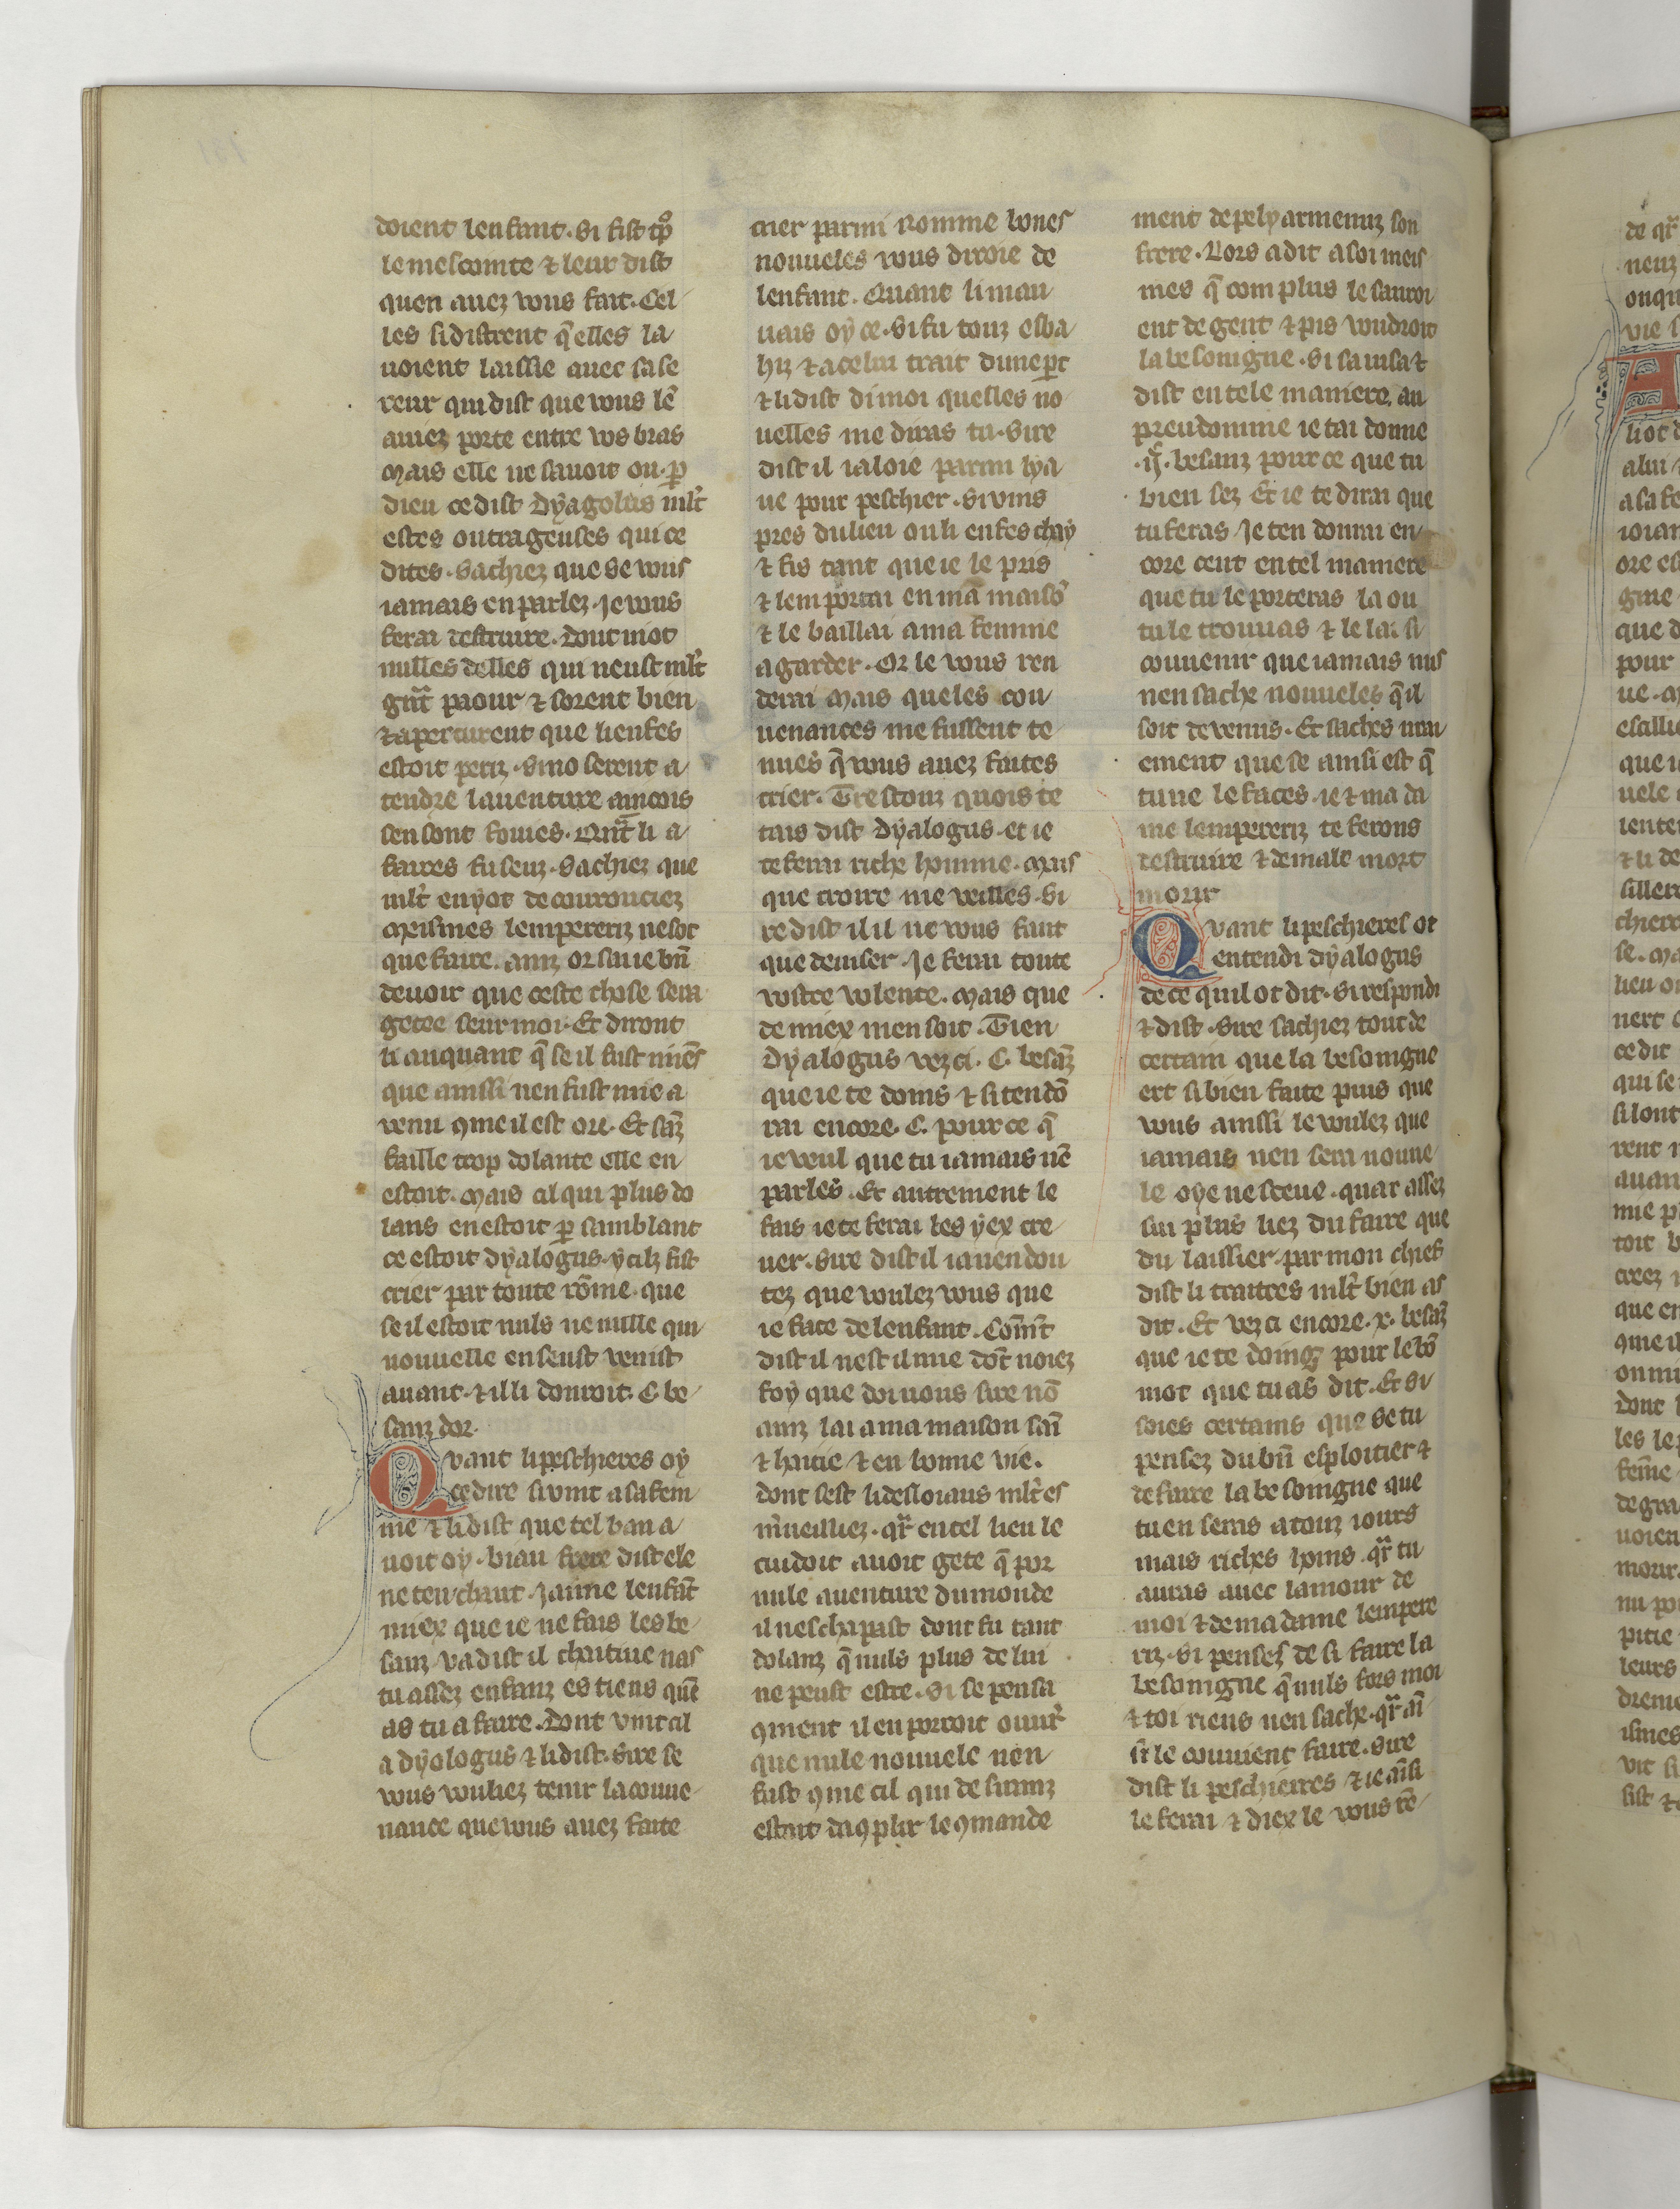
Shelfmark: Paris, BnF, fr. 22549
Century: 14